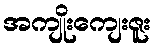
အကျိုးကျေးဇူး